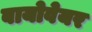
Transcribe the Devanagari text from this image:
बायोवेयर